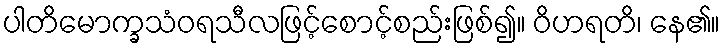
ပါတိမောက္ခသံဝရသီလဖြင့်စောင့်စည်းဖြစ်၍။ ဝိဟရတိ၊ နေ၏။